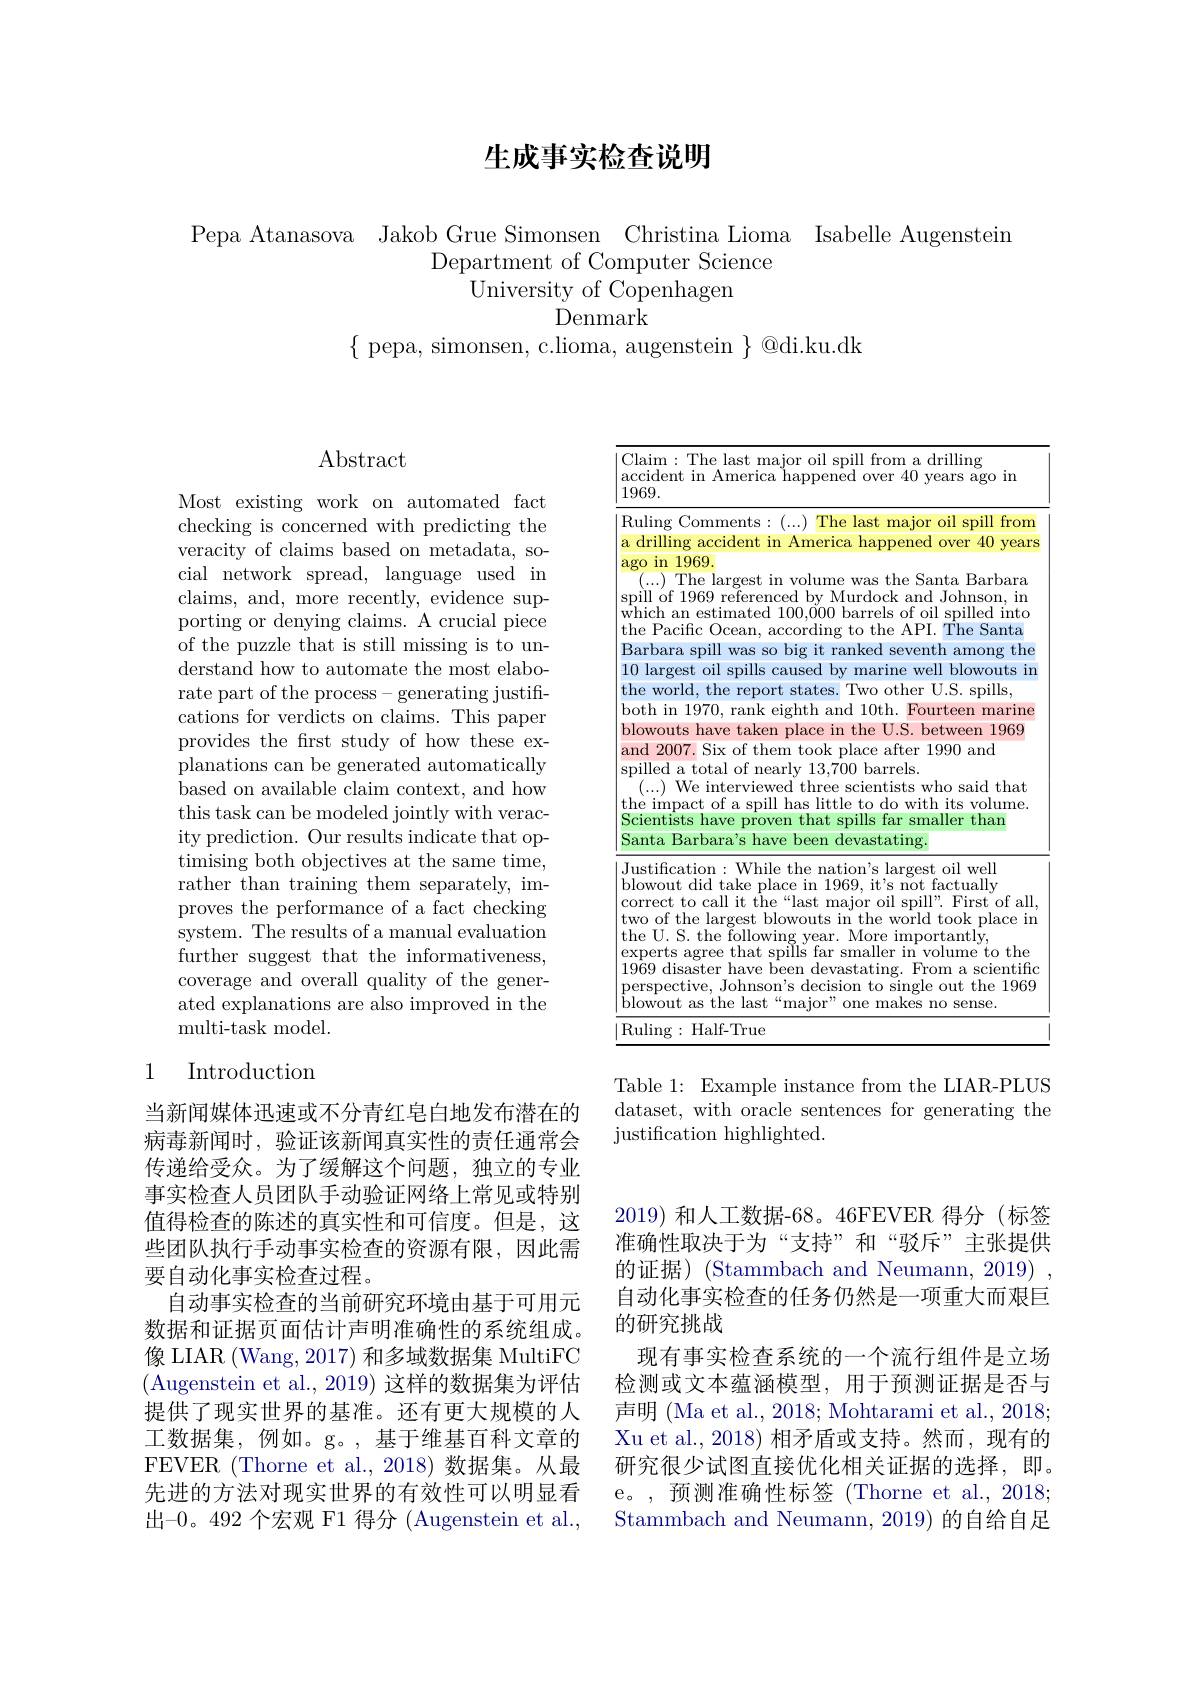
# 生成事实检查说明

Pepa Atanasova Jakob Grue Simonsen Christina Lioma Isabelle Augenstein
Department of Computer Science
University of Copenhagen
Denmark
$\{$ pepa, simonsen, c.lioma, augenstein $\}$@di.ku.dk

## $\operatorname{Abstract}$

Most existing work on automated fact checking is concerned with predicting the veracity of claims based on metadata, social network spread, language used in claims, and, more recently, evidence supporting or denying claims. A crucial piece of the puzzle that is still missing is to understand how to automate the most elaborate part of the process- generating justifications for verdicts on claims. This paper provides the first study of how these explanations can be generated automatically based on available claim context, and how this task can be modeled jointly with veracity prediction. Our results indicate that optimising both objectives at the same time, rather than training them separately, improves the performance of a fact checking system. The results of a manual evaluation further suggest that the informativeness, coverage and overall quality of the generated explanations are also improved in the multi-task model.

## 1 Introduction

当新闻媒体迅速或不分青红皂白地发布潜在的病毒新闻时，验证该新闻真实性的责任通常会传递给受众。为了缓解这个问题，独立的专业事实检查人员团队手动验证网络上常见或特别值得检查的陈述的真实性和可信度。但是，这些团队执行手动事实检查的资源有限，因此需要自动化事实检查过程。
自动事实检查的当前研究环境由基于可用元数据和证据页面估计声明准确性的系统组成。像 LIAR (Wang, 2017) 和多域数据集 MultiFC (Augenstein et al., 2019) 这样的数据集为评估提供了现实世界的基准。还有更大规模的人工数据集，例如。g。,基于维基百科文章的FEVER (Thorne et al., 2018) 数据集。从最先进的方法对现实世界的有效性可以明显看出-0。492 个宏观 F1 得分 (Augenstein et al.,

<table>
	<tbody>
		<tr>
			<td>$a$ 1</td>
			<td>im: The last major oil spill from a drilling ident in America happened over 40 years ago im 9.</td>
		</tr>
		<tr>
			<td>$F$ a</td>
			<td>$\operatorname{ing}$Comments:(...) ${\mathrm{~The~last~major~oil~spill~from}}$ rilling accident in America happened over 40 years</td>
		</tr>
		<tr>
			<td>T S $\textbf{t. }$</td>
			<td>in 1969 ...) The largest in volume was the Santa Barbara l of 1969 referenced by Murdock and Johnson, in ch an estimated $100,\ddot{0}00$ barrels of oil spilled into Pacific Ocean, according to the API. The Santa</td>
		</tr>
		<tr>
			<td> </td>
			<td>TU 2007. Six of them took place after 1990 and led a total of nearly 13,700 barrels $..){\mathrm{~We~interviewed~three~scientists~who~said~that}}$ impact of a spill has little to do with its volume. entists have proven that spills far smaller than ta Barbara's have been devastating.</td>
		</tr>
		<tr>
			<td>n $k$ $C$ $t$ t $\epsilon$ 1 $F$ $L$</td>
			<td>tification: While the nation's largest oil well wout did take place in 1969, it's not factually rect to call it the“last major oil spill”. First of all, of the largest blowouts in the world took place in U. S. the $\tilde{following year. More importantly, }$ erts agree that spills far smaller in volume to the $9{\mathrm{~disaster~have~been~devastating.~From~a~scientific}}$ spective, Johnso$n^{\prime }$s decision to single out the 1969 wout as the last“major”one makes no sense.</td>
		</tr>
		<tr>
			<td>1 1</td>
			<td>Half- True ing</td>
		</tr>
	</tbody>
</table>

Table 1: Example instance from the LIAR-PLUS dataset, with oracle sentences for generating the ${\text{justification highlighted}}.$

2019)和人工数据-68。46FEVER 得分(标签准确性取决于为“支持”和“驳斥”主张提供的证据) (Stammbach and Neumann, 2019) 自动化事实检查的任务仍然是一项重大而艰巨的研究挑战
现有事实检查系统的一个流行组件是立场检测或文本蕴涵模型，用于预测证据是否与声明 (Ma et al., 2018; Mohtarami et al., 2018; Xu et al., 2018) 相矛盾或支持。然而，现有的研究很少试图直接优化相关证据的选择，即。e。,预测准确性标签(Thorne et al., 20183 Stammbach and Neumann, 2019) 的自给自足